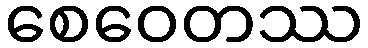
စေဝေတဿ